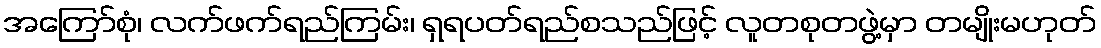
အကြော်စုံ၊ လက်ဖက်ရည်ကြမ်း၊ ရှရပတ်ရည်စသည်ဖြင့် လူတစုတဖွဲ့မှာ တမျိုးမဟုတ်